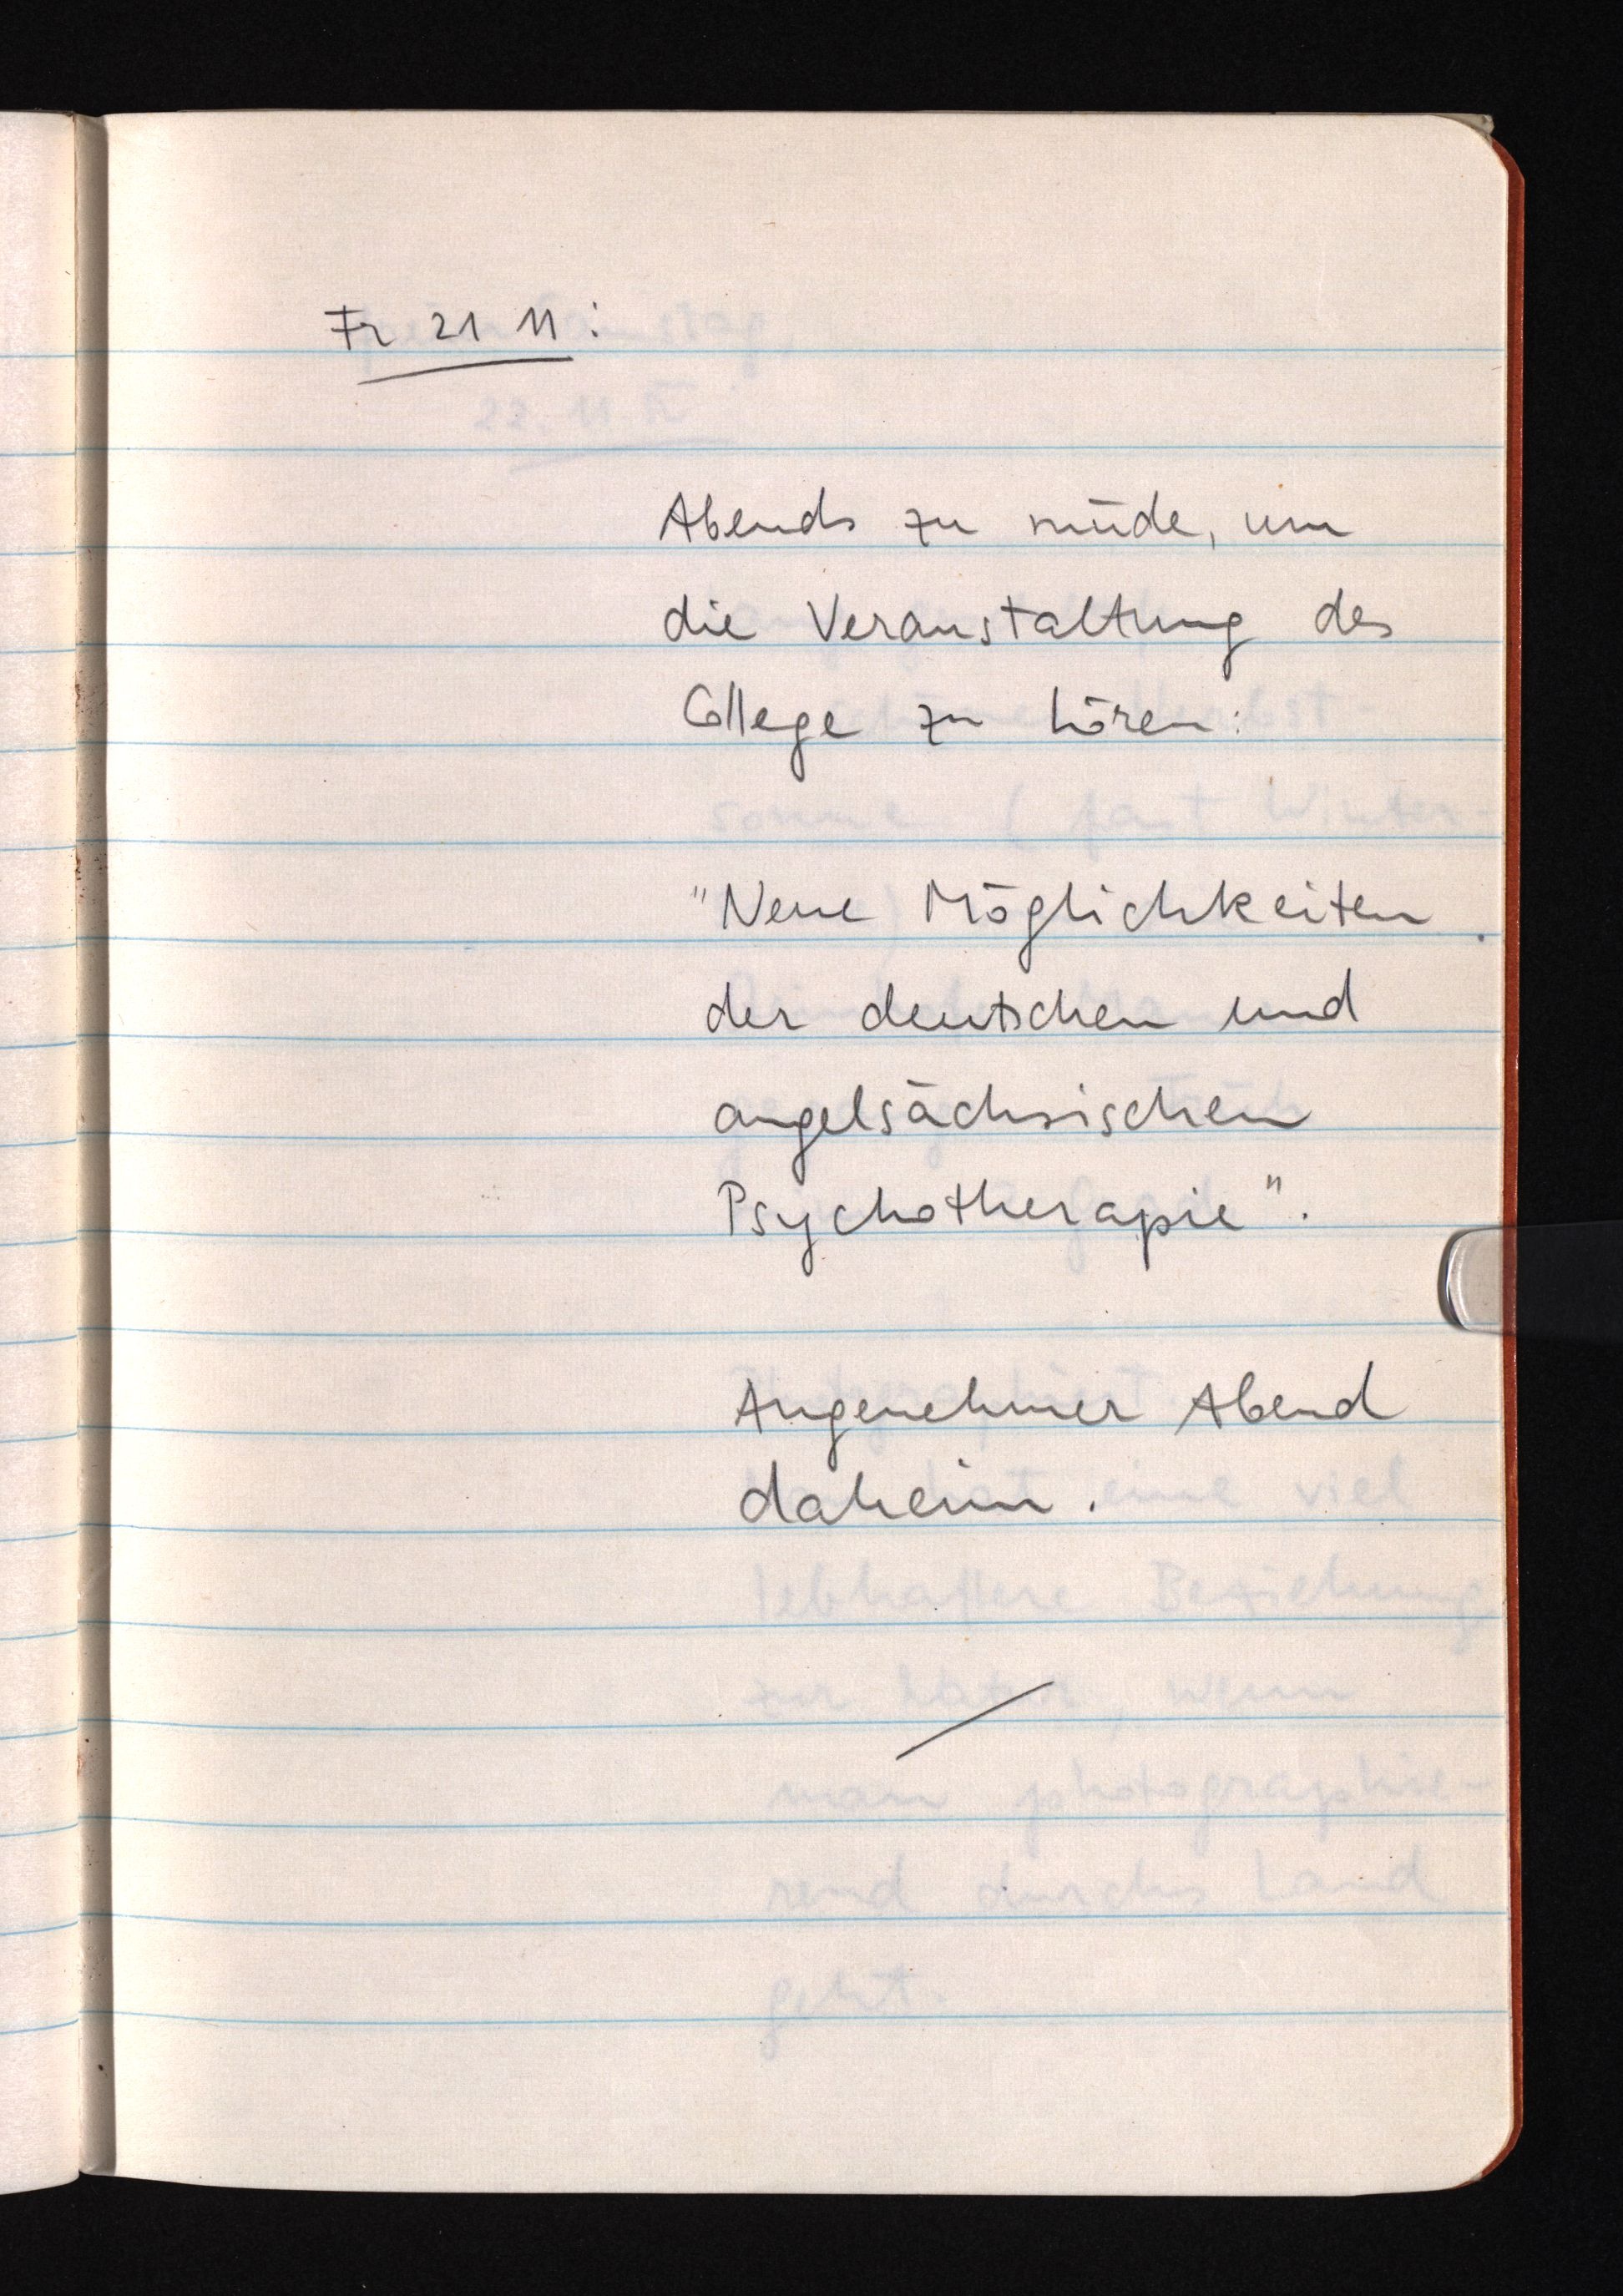
Fr 21 11:
Abends zu müde, um
die Veranstaltung des
College zu hören:
"Neue Möglichkeiten
der deutschen und
angelsächsischen
Psychotherapie".
Angenehmer Abend
daheim.